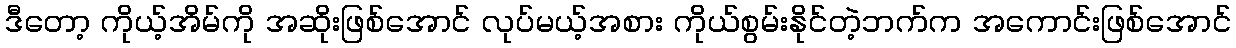
ဒီတော့ ကိုယ့်အိမ်ကို အဆိုးဖြစ်အောင် လုပ်မယ့်အစား ကိုယ်စွမ်းနိုင်တဲ့ဘက်က အကောင်းဖြစ်အောင်